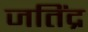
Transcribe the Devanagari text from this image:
जतिंद्र